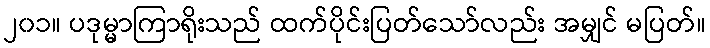
၂၀၁။ ပဒုမ္မာကြာရိုးသည် ထက်ပိုင်းပြတ်သော်လည်း အမျှင် မပြတ်။